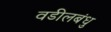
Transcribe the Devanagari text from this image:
वडीलबंधु